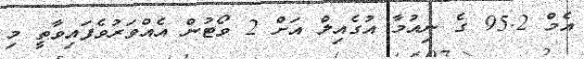
އެމް 95.2 ގެ ނިއުމާ އުގެއިލް އަށް 2 ވޯޓުން އެއްވަރުވެފައިވާތީ މި